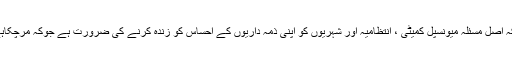
بلکہ اصل مسئلہ میونسپل کمیٹی ، انتظامیہ اور شہریوں کو اپنی ذمہ داریوں کے احساس کو زندہ کرنے کی ضرورت ہے جوکہ مرچکاہے۔